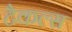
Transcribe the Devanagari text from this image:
टैकल्स